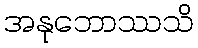
အနုဘောဿသိ